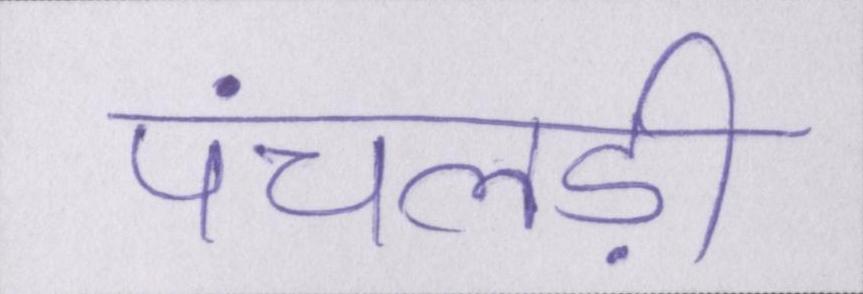
पंचलड़ी